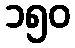
၁၅၀